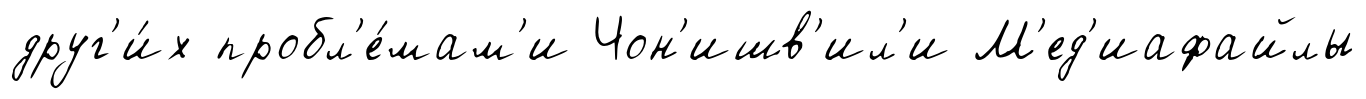
друг'и́х пробл'е́мам'и Чон'ишв'ил'и М'ед'иафайлы